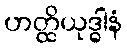
ဟတ္ထိယုဒ္ဓါနံ